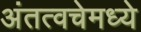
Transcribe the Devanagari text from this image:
अंतत्वचेमध्ये